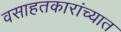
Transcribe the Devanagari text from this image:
वसाहतकारांच्यात